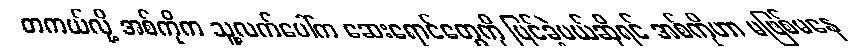
တကယ်လို့ အစ်ကိုက သူ့လက်ပေါ်က ဆေးရောင်တွေကို မြင်ခဲ့မယ်ဆိုရင် အစ်ကိုဟာ မဖြစ်မနေ